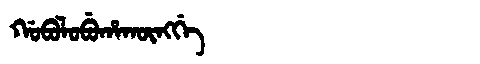
Manchu: ᡤᠣᠪᠣᠯᠣᠪᡠᡥᠠᡴᡡᠩᡤᡝ
Romanization: GOBOLOBUHAKŪNGGE